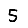
Digit: 5